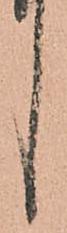
言